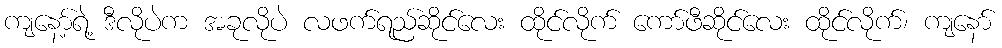
ကျနော့်ရဲ့ ဒီလိုပဲက အခုလိုပဲ လဖက်ရည်ဆိုင်လေး ထိုင်လိုက် ကော်ဖီဆိုင်လေး ထိုင်လိုက်၊ ကျနော်